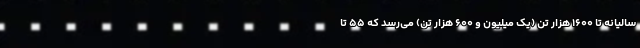
سالیانه تا ۱۶۰۰ هزار تن (یک میلیون و ۶۰۰ هزار تن) می‌رسد که ۵۵ تا